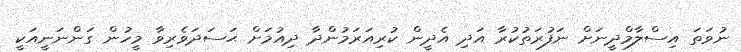
ނުވަތަ އިސްލާމްދީނަށް ނަފުރަތުކުރާ އަދި އެދީން ކުރިއަރަމުންދާ ދިއުމަށް ޙަސަދަވެރިވާ މީހުން ގަންނަނީއަކީ